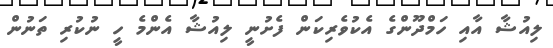
ލިއުޝާ އާއި ހަމްދޫންގެ އެކުވެރިކަން ފެށުނީ ލިއުޝާ އެންމެ ހީ ނުކުރި ތަނުން